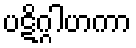
ပဋိဂ္ဂါဟကာ